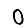
Digit: 0